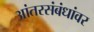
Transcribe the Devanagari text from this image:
आंतरसंबंधांवर